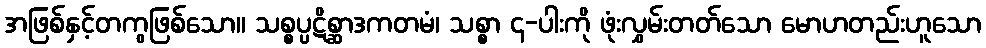
အဖြစ်နှင့်တကွဖြစ်သော။ သစ္စပ္ပဋိစ္ဆာဒကတမံ၊ သစ္စာ ၄-ပါးကို ဖုံးလွှမ်းတတ်သော မောဟတည်းဟူသော